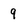
Character: 9